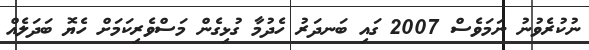
ނުކުރެވުނު ނަމަވެސް 2007 ގައި ބަނދަރު ހެދުމާ ގުޅިގެން މަސްވެރިކަމަށް ހެޔޮ ބަދަލެއް